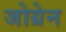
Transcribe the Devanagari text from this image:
जोग्रेन